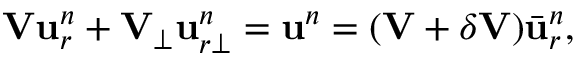
\mathbf { V } \ensuremath { \mathbf { u } } _ { r } ^ { n } + \mathbf { V } _ { \bot } \ensuremath { \mathbf { u } } _ { r \bot } ^ { n } = \ensuremath { \mathbf { u } } ^ { n } = ( \mathbf { V } + \boldsymbol { \delta } \mathbf { V } ) \bar { \ensuremath { \mathbf { u } } } _ { r } ^ { n } ,